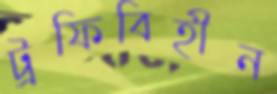
ট্রফিবিহীন